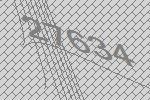
27634